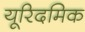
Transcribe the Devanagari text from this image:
यूरिदमिक